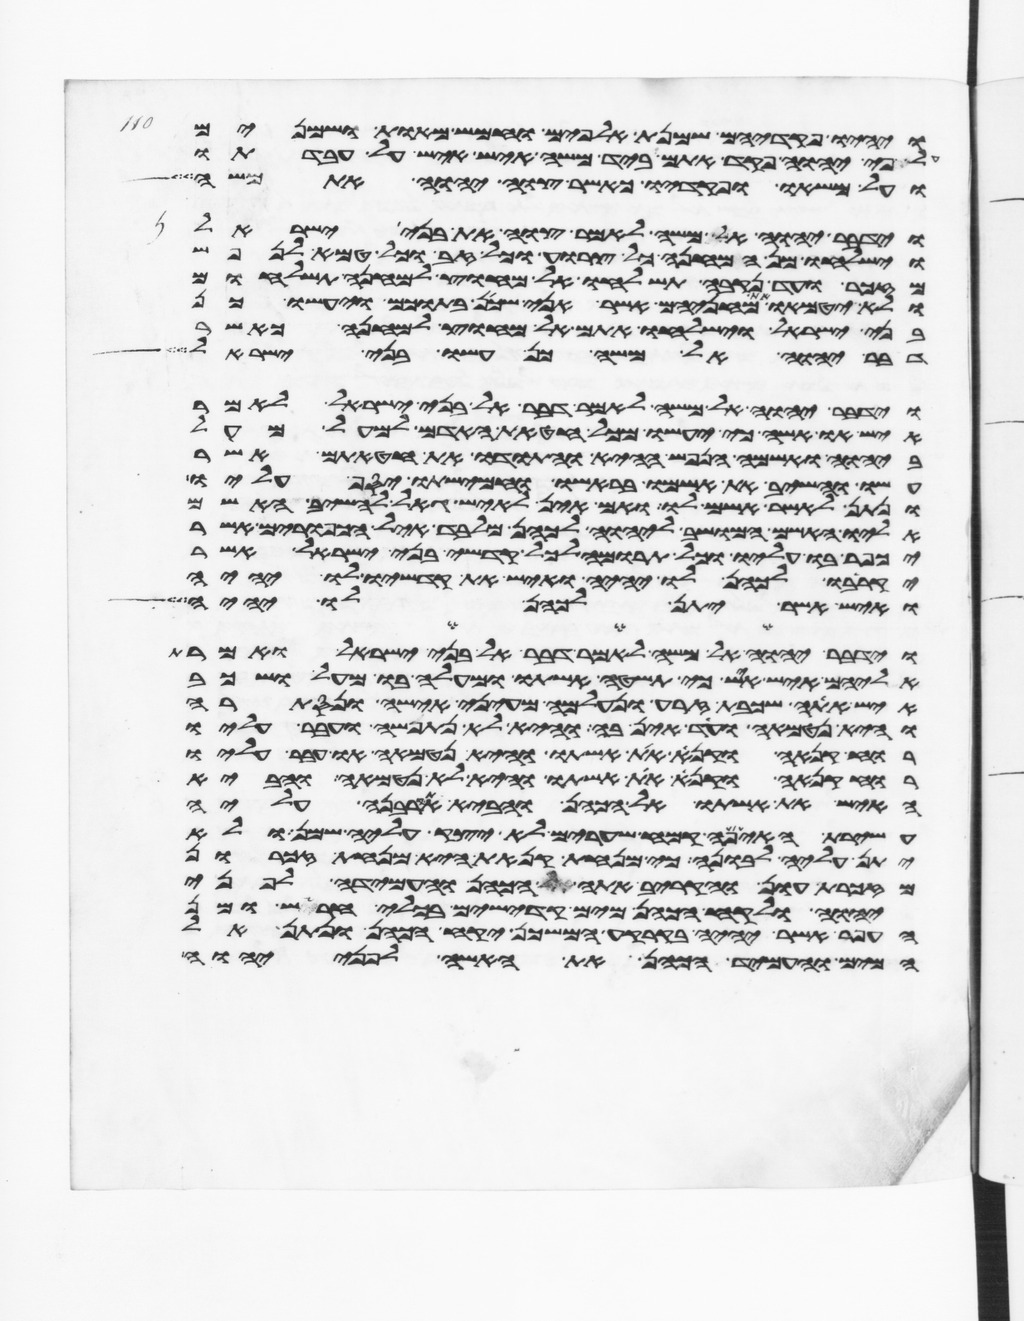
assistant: ויהיו פקדיהם שמנת אלפים וחמש מאות ושמנים
פי יהוה פקד אתם ביד משה איש איש על עבדתו
ועל משאו ופקדיו כאשר צוה יהוה את משה
וידבר יהוה אל משה לאמר צוי את בני ישראל
וישלחו מן המחנה כל צרוע וכל זב וכל טמא לנפש
מזכר ועד נקבה תשלחו אל מחוץ למחנה תשלחום
ולא יטמאו את מחניהם אשר אני שכן בתוכם ויעשו כן
בני ישראל וישלחו אתם אל מחוץ למחנה כאשר
דבר יהוה אל משה כן עשו בני ישראל
וידבר יהוה אל משה לאמר דבר אל בני ישראל לאמר
איש או אשה כי יעשו מכל חטאת האדם למעל מעל
ביהוה ואשמה הנפש ההיא והתודו את חטאתם אשר
עשו והשיב את אשמו בראשו וחמישתו יסף עליו
ונתן לאשר אשם לו ואם אין לאיש גאל להשיב האשם
אליו האשם המושב ליהוה לכהן מלבד איל הכפורים אשר
יכפר בו עליו וכל תרומה לכל קדשי בני ישראל אשר
יקריבו לכהן לו יהיה ואיש את קדשיו לו יהיה
ואיש אשר יתן לכהן לו יהיה
וידבר יהוה אל משה לאמר דבר אל בני ישראל ואמרת
אליהם איש איש כי תשטה אשתו ומעלה בו מעל ושכב
איש אתה שכבת זרע ונעלם מעיני אישה ונסתרה
והיא נטמאה ועד אין בה והיא לא נתפשה ועבר עליו
רוח קנאה וקנא את אשתו והיא נטמאה או עבר עליו
רוח קנאה וקנא את אשתו והיא לא נטמאה והביא
האיש את אשתו אל הכהן והביא את קרבנה עליה
עשירת האיפה קמח שערים לא יצק עליה שמן ולא
יתן עליה לבונה כי מנחת קנאת היא מנחת זכרון
מזכרת עון והקריב אתה הכהן והעמידה לפני
יהוה ולקח הכהן מים קדישים בכלי חרש ומן
העפר אשר יהיה בקרקע המשכן יקח הכהן ונתן אל
המים והעמיד הכהן את האשה לפני יהוה